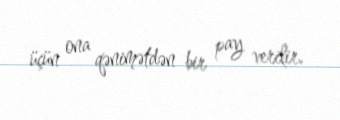
üçün ona qənimətdən bir pay verilir.